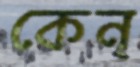
কেন্